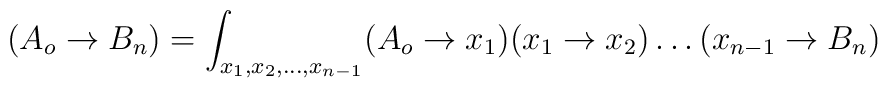
(A_o\rightarrow B_n) = \int_{x_1,x_2,\dots,x_{n-1}} (A_o\rightarrow x_1)(x_1\rightarrow x_2)\dots(x_{n-1}\rightarrow B_n)